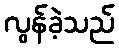
လွန်ခဲ့သည်